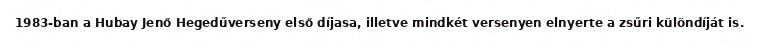
1983-ban a Hubay Jenő Hegedűverseny első díjasa, illetve mindkét versenyen elnyerte a zsűri különdíját is.